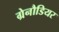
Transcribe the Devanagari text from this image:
ग्रेनौडियर